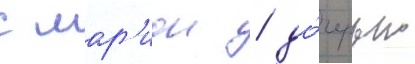
с мар'ион / до́черью